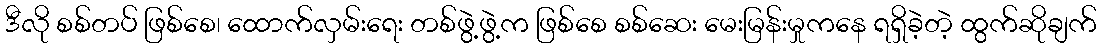
ဒီလို စစ်တပ် ဖြစ်စေ၊ ထောက်လှမ်းရေး တစ်ဖွဲ့ဖွဲ့က ဖြစ်စေ စစ်ဆေး မေးမြန်းမှုကနေ ရရှိခဲ့တဲ့ ထွက်ဆိုချက်